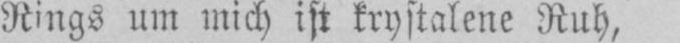
Rings um mich ist krystalene Ruh,